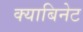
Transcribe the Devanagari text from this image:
क्याबिनेट